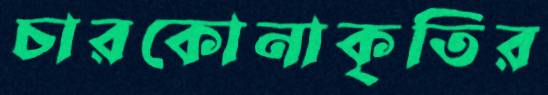
চারকোনাকৃতির